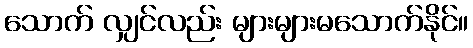
သောက် လျှင်လည်း များများမသောက်နိုင်။